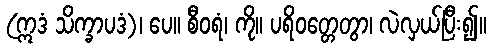
(ဣဒံ သိက္ခာပဒံ)၊ ပေ။ စီဝရံ၊ ကို။ ပရိဝတ္တေတွာ၊ လဲလှယ်ပြီး၍။